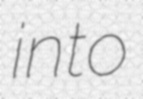
into